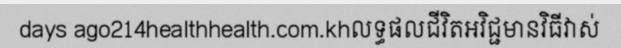
days ago214healthhealth.com.khលទ្ធផលជីវិតអវិជ្ជមានវិធីវាស់